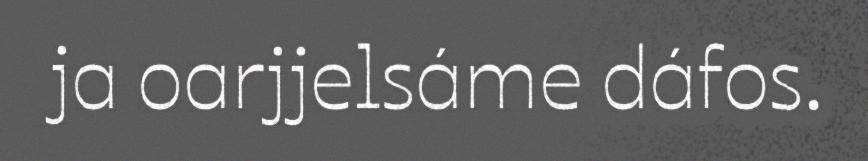
ja oarjjelsáme dáfos.